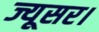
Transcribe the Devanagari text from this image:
ज्यूसर।